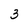
Character: 3